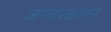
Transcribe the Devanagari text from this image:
जगतरक्षणन